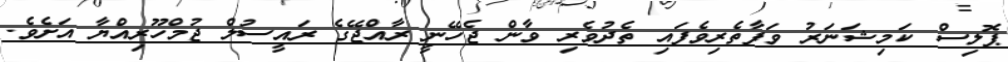
ޕޮލިސް ކަމިޝަނަރު ވަފާތެރިވެފައި ތެދުވެރި ވާން ޖެހޭނީ ރާއްޖޭގެ ރައީސުލް ޖުމްހޫރިއްޔާ އަށެވެ.